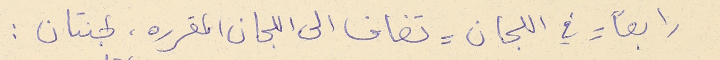
رابعاً = في اللجان = تضاف الى اللجان المقرره. لجنتان :